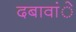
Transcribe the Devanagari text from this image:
दबावांे